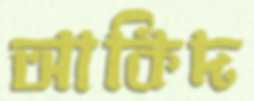
আকিদ